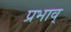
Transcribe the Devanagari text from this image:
प्रभाव्